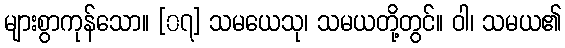
များစွာကုန်သော။ [၀၇] သမယေသု၊ သမယတို့တွင်။ ဝါ၊ သမယ၏